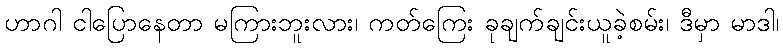
ဟာဂါ ငါပြောနေတာ မကြားဘူးလား၊ ကတ်ကြေး ခုချက်ချင်းယူခဲ့စမ်း၊ ဒီမှာ မာဒါ၊